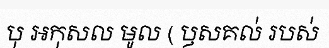
បុ អកុសល មូល ( ឫសគល់ របស់